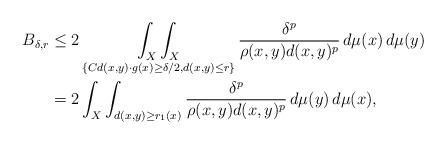
LaTeX: \begin{align*} B_{\delta,r} & \leq 2 \mathop{\int_X\int_X}_{\{Cd(x,y) \cdot g (x) \geq \delta/2 , d(x,y) \leq r \}} \frac{\delta^p}{\rho(x,y) d(x,y)^{p}} \, d \mu(x) \, d \mu(y) \\& = 2 \int_X \int_{ d(x,y) \geq r_1(x) } \frac{\delta^p}{\rho(x,y) d(x,y)^{p}} \, d \mu(y) \, d \mu(x),\end{align*}